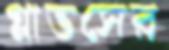
গ্লাভসের